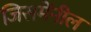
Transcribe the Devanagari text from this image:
जिसमेंनील